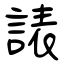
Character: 諘